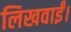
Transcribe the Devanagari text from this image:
लिखवाईं।